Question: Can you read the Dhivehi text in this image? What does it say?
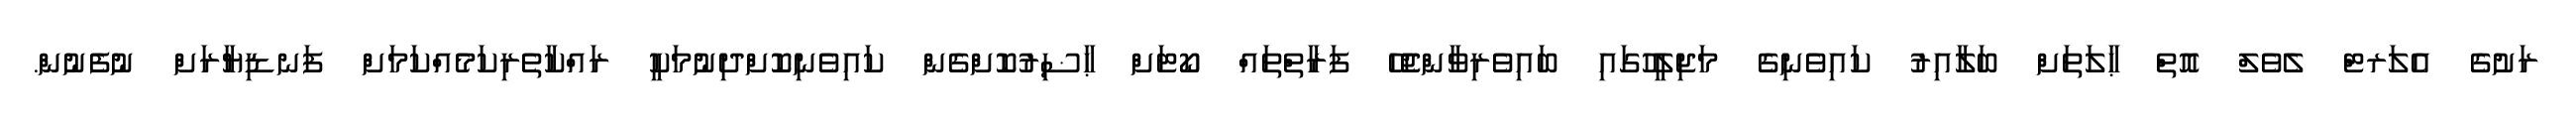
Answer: ރަށުގެ އެލަރޓް ލެވެލް އޮތް ޙާލަތަށް ބަލާއިރު ކައިވެނިގެ މަޖިލީހުގައި ބައިވެރިވާންޖެހޭ ފަރާތްތައް ކޯޓަށް ޙާޟިރުކޮށްގެން ކައިވެނިކޮށްދިނުމަކީ ރައްކާތެރިކަމެއްކަމަށް ފަނޑިޔާރަށް ނުފެނުން.